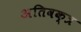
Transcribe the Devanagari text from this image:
अतिवक्त्र